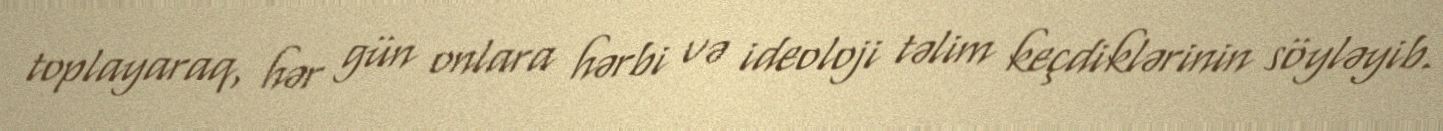
toplayaraq, hər gün onlara hərbi və ideoloji təlim keçdiklərinin söyləyib.